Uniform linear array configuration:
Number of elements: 4
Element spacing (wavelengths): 0.75
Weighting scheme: binomial
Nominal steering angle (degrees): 15
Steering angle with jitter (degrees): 13.598
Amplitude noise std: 0.05
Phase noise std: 0.05

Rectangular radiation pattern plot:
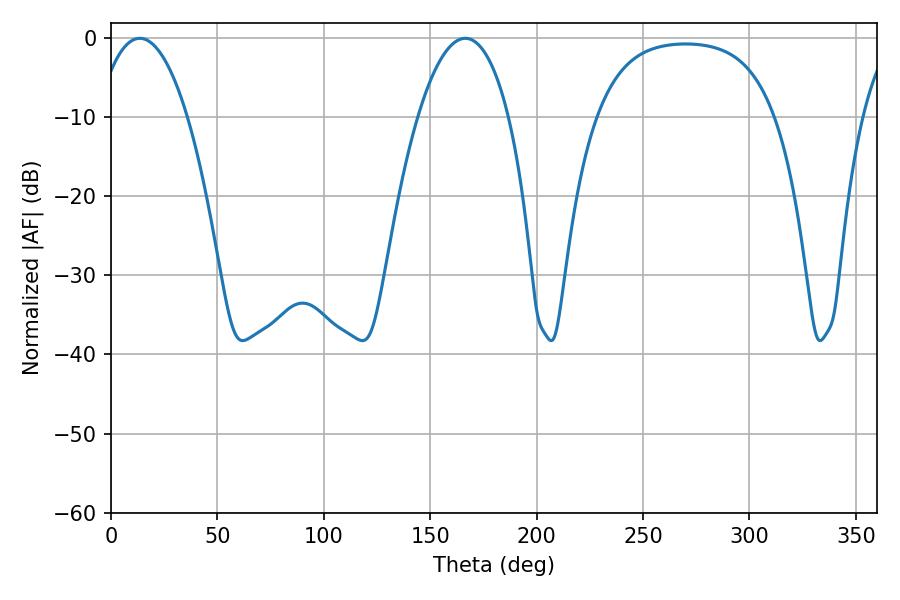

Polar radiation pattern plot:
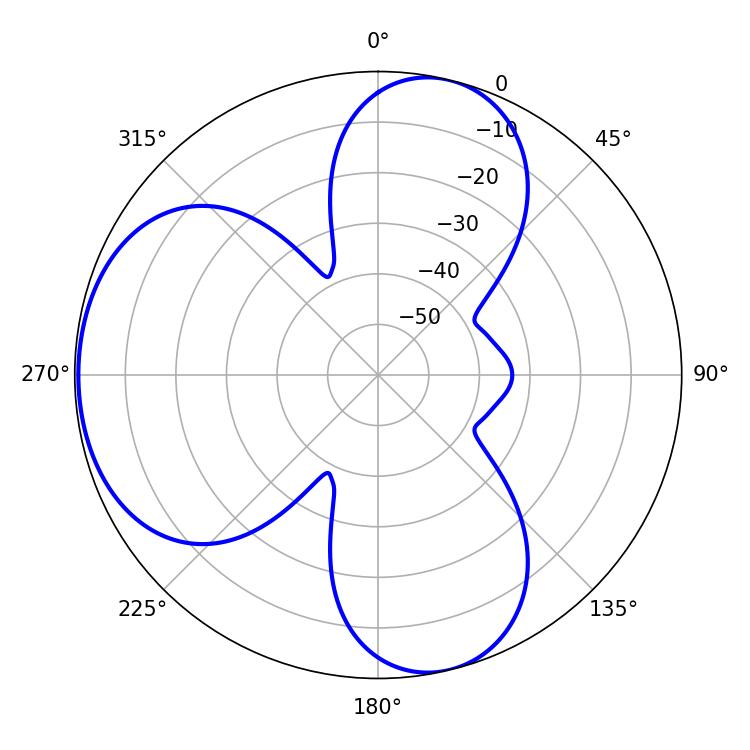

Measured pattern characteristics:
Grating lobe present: TRUE
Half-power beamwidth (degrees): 23.76
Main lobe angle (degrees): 13.5